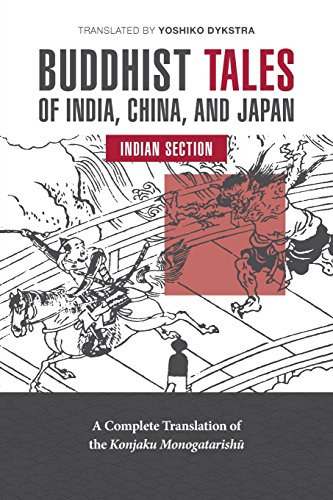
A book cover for Buddhist Tales of India, China, and Japan: Indian Section; Yoshiko Dykstra; Literature & Fiction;